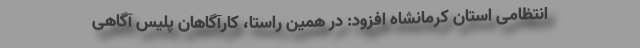
انتظامی استان کرمانشاه افزود: در همین راستا، کارآگاهان پلیس آگاهی